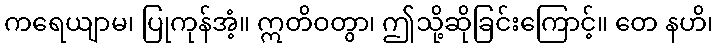
ကရေယျာမ၊ ပြုကုန်အံ့။ ဣတိဝတွာ၊ ဤသို့ဆိုခြင်းကြောင့်။ တေ နဟိ၊